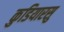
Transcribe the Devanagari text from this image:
कुडियारसु